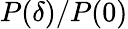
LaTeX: P(\delta)/P(0)